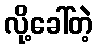
လို့ခေါ်တဲ့